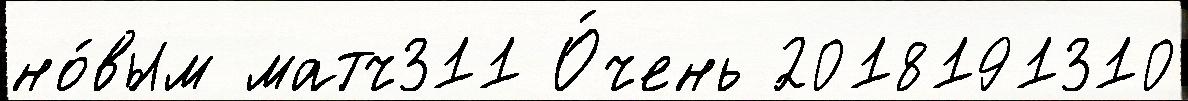
но́вым матч311 О́чень 2018191310